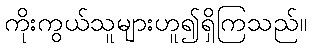
ကိုးကွယ်သူများဟူ၍ရှိကြသည်။